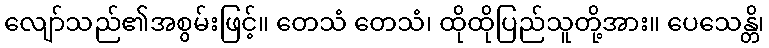
လျော်သည်၏အစွမ်းဖြင့်။ တေသံ တေသံ၊ ထိုထိုပြည်သူတို့အား။ ပေသေန္တိ၊